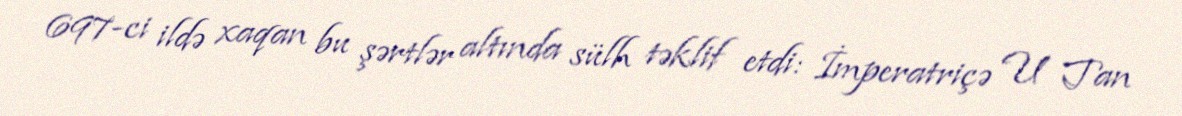
697-ci ildə xaqan bu şərtlər altında sülh təklif etdi: İmperatriçə U Tan